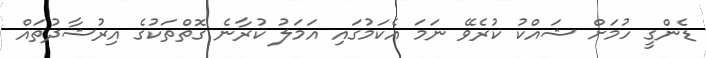
ޑެންގީ ހުމަށް ޝައްކު ކުރެވޭ ނަމަ އެކަމުގައި އަމަލު ކުރާނެ ގޮތްތަކުގެ އިރުޝާދުތައް